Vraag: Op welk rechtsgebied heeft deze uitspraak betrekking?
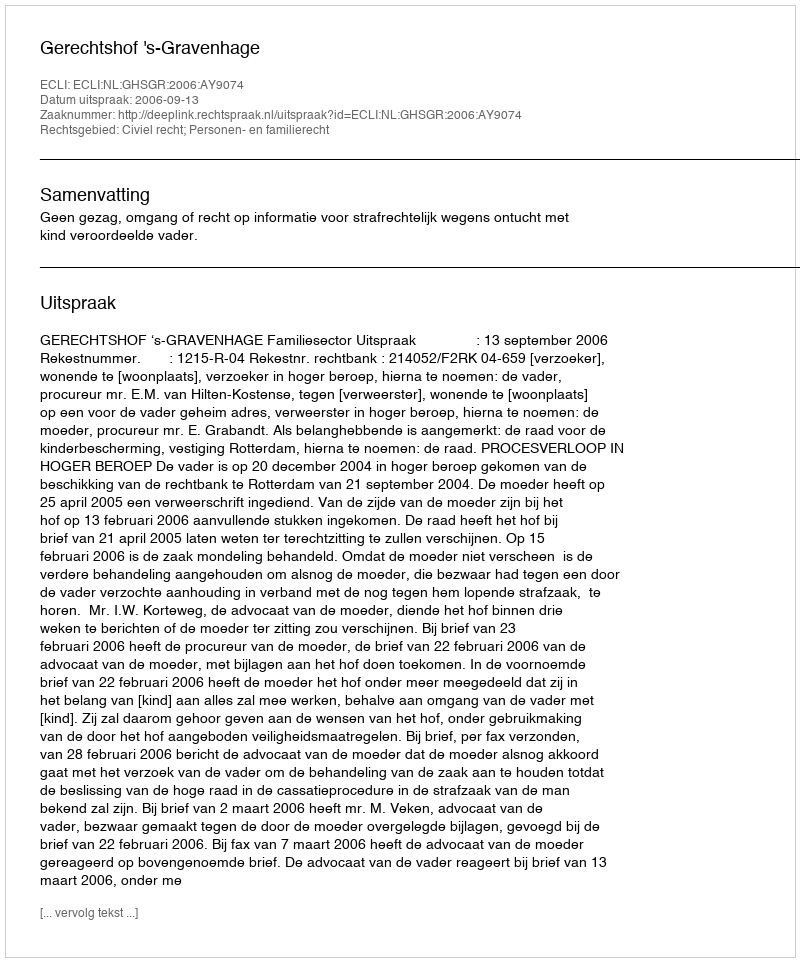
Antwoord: Civiel recht; Personen- en familierecht